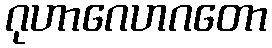
ဂုဟာဂေဟဂတော